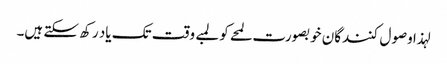
لہذا وصول کنندگان خوبصورت لمحے کو لمبے وقت تک یاد رکھ سکتے ہیں۔